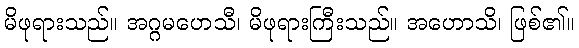
မိဖုရားသည်။ အဂ္ဂမဟေသီ၊ မိဖုရားကြီးသည်။ အဟောသိ၊ ဖြစ်၏။